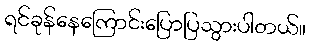
ရင်ခုန်နေကြောင်းပြောပြသွားပါတယ်။